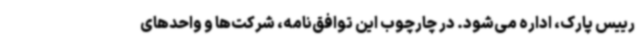
رییس پارک، اداره می‌شود. در چارچوب این توافق‌نامه، شرکت‌ها و واحدهای